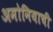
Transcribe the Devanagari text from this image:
अमोनियाची